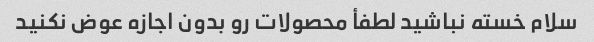
سلام خسته نباشید لطفأ محصولات رو بدون اجازه عوض نکنید